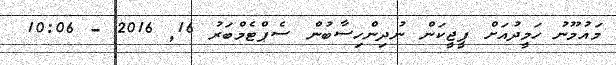
މައުމޫނު ހަމީދުއަށް ޕީޖީކަން ނުދިންހިސާބުން ސެޕްޓެމްބަރު 16